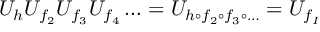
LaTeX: U _ { h } U _ { f _ { 2 } } U _ { f _ { 3 } } U _ { f _ { 4 } } \ldots = U _ { h \circ f _ { 2 } \circ f _ { 3 } \circ \ldots } = U _ { f _ { \cal I } }